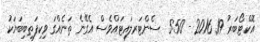
އޮކްޓޯބަރު 19